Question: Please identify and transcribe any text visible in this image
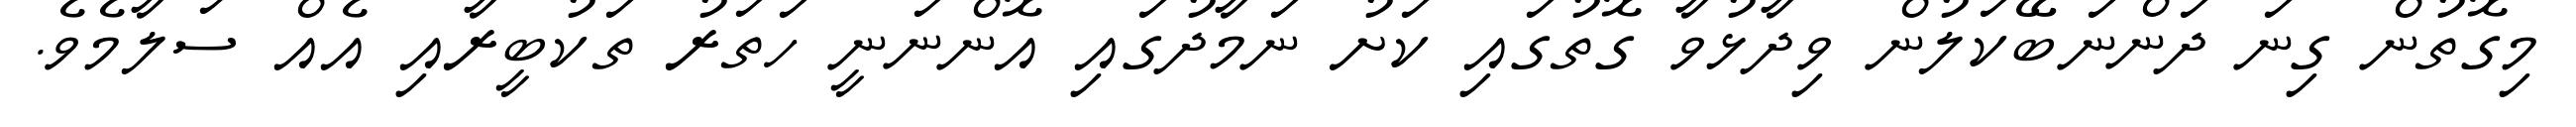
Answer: މިގޮތުން ގިނަ ދަންނަބޭކަލުން ވިދާޅުވާ ގޮތުގައި ކަށު ނަމާދުގައި އޮންނަނީ ހަތަރު ތަކުބީރާއި އެއް ސަލާމެވެ.